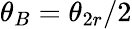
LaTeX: \theta_{B}=\theta_{2r}/2